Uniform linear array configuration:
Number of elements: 4
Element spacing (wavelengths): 0.75
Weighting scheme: exponential
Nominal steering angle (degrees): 45
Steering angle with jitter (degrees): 46.817
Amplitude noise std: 0.05
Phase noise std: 0.05

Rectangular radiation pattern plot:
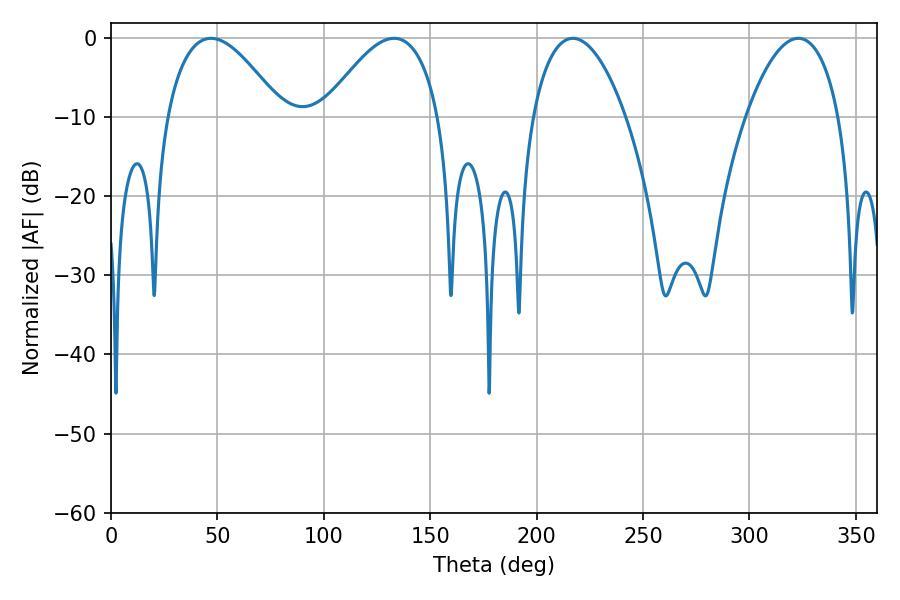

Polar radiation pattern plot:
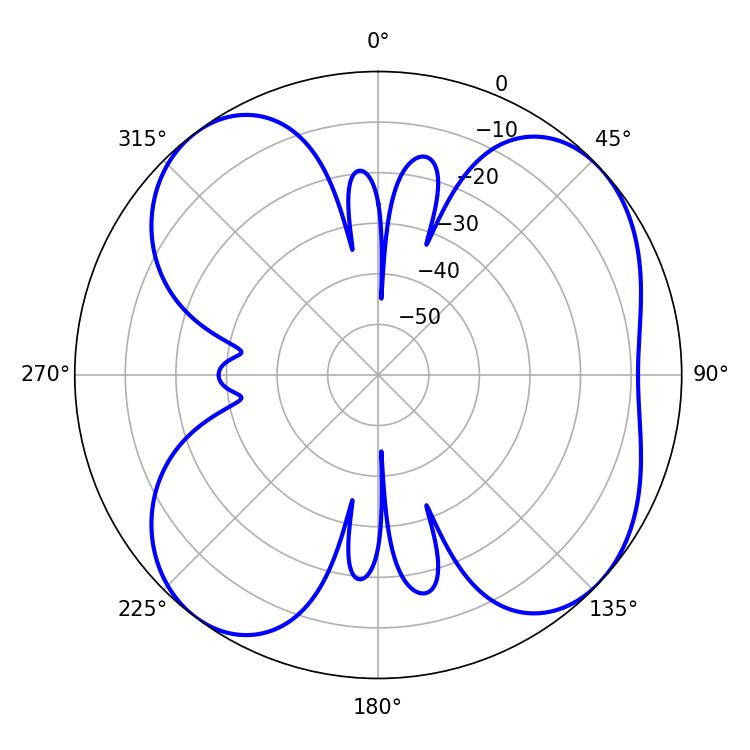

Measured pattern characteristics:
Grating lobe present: TRUE
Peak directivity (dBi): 7.923
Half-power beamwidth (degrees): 29.7
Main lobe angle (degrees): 133.02